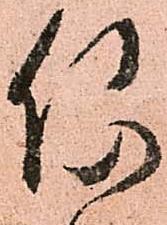
何